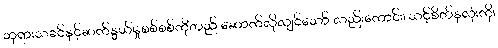
ဘုရားသခင်နှင့်ဆက်နွယ်မှုစစ်စစ်ကိုတည် ဆောက်လိုလျှင်သော် လည်းကောင်း၊ သင့်စိတ်နှလုံးကို၊